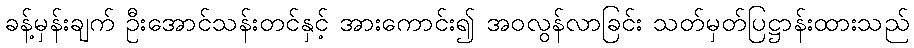
ခန့်မှန်းချက် ဦးအောင်သန်းတင်နှင့် အားကောင်း၍ အဝလွန်လာခြင်း သတ်မှတ်ပြဋ္ဌာန်းထားသည်